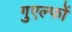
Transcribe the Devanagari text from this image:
गुएल्फों